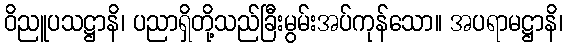
ဝိညူပသဋ္ဌာနိ၊ ပညာရှိတို့သည်ခြီးမွမ်းအပ်ကုန်သော။ အပရာမဋ္ဌာနိ၊